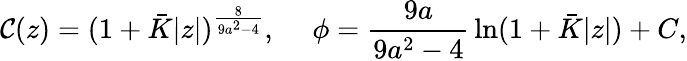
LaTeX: {\cal C}(z)=(1+\bar{K}|z|)^{\frac{8}{9a^{2}-4}},\ \ \ \ \ \phi={\frac{9a}{9a^{2}-4}}\ln(1+\bar{K}|z|)+C,